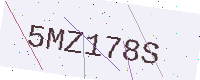
Text: 5MZ178S